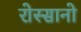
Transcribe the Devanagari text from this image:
रोस्सानो